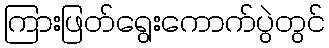
ကြားဖြတ်ရွေးကောက်ပွဲတွင်